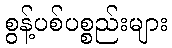
စွန့်ပစ်ပစ္စည်းများ